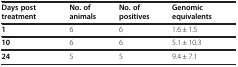
<table><thead><tr><td><b>Days post treatment</b></td><td><b>No. of animals</b></td><td><b>No. of positives</b></td><td><b>Genomic equivalents</b></td></tr></thead><tbody><tr><td><b>1</b></td><td>6</td><td>6</td><td>1.6 ± 1.5</td></tr><tr><td><b>10</b></td><td>6</td><td>6</td><td>5.1 ± 10.3</td></tr><tr><td><b>24</b></td><td>5</td><td>5</td><td>9.4 ± 7.1</td></tr></tbody></table>